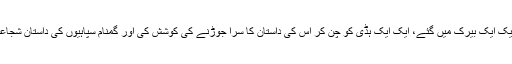
ایک ایک میدان جنگ کو کھنگالا، ایک ایک بیرک میں گئے، ایک ایک ہڈی کو چن کر اس کی داستان کا سرا جوڑنے کی کوشش کی اور گمنام سپاہیوں کی داستان شجاعت کو عوام کے سامنے امر کر دیا۔